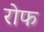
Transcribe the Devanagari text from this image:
रोफ